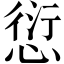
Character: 愆